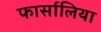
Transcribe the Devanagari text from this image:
फार्सालिया